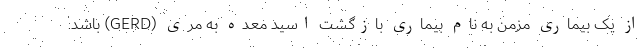
از یک بیماری مزمن به نام بیماری بازگشت اسید معده به مری (GERD) باشد.